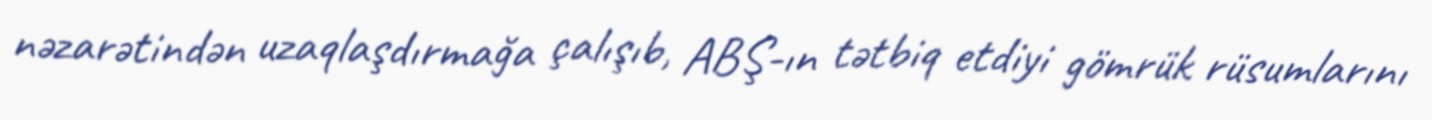
nəzarətindən uzaqlaşdırmağa çalışıb, ABŞ-ın tətbiq etdiyi gömrük rüsumlarını